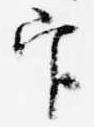
官